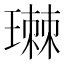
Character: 㻷